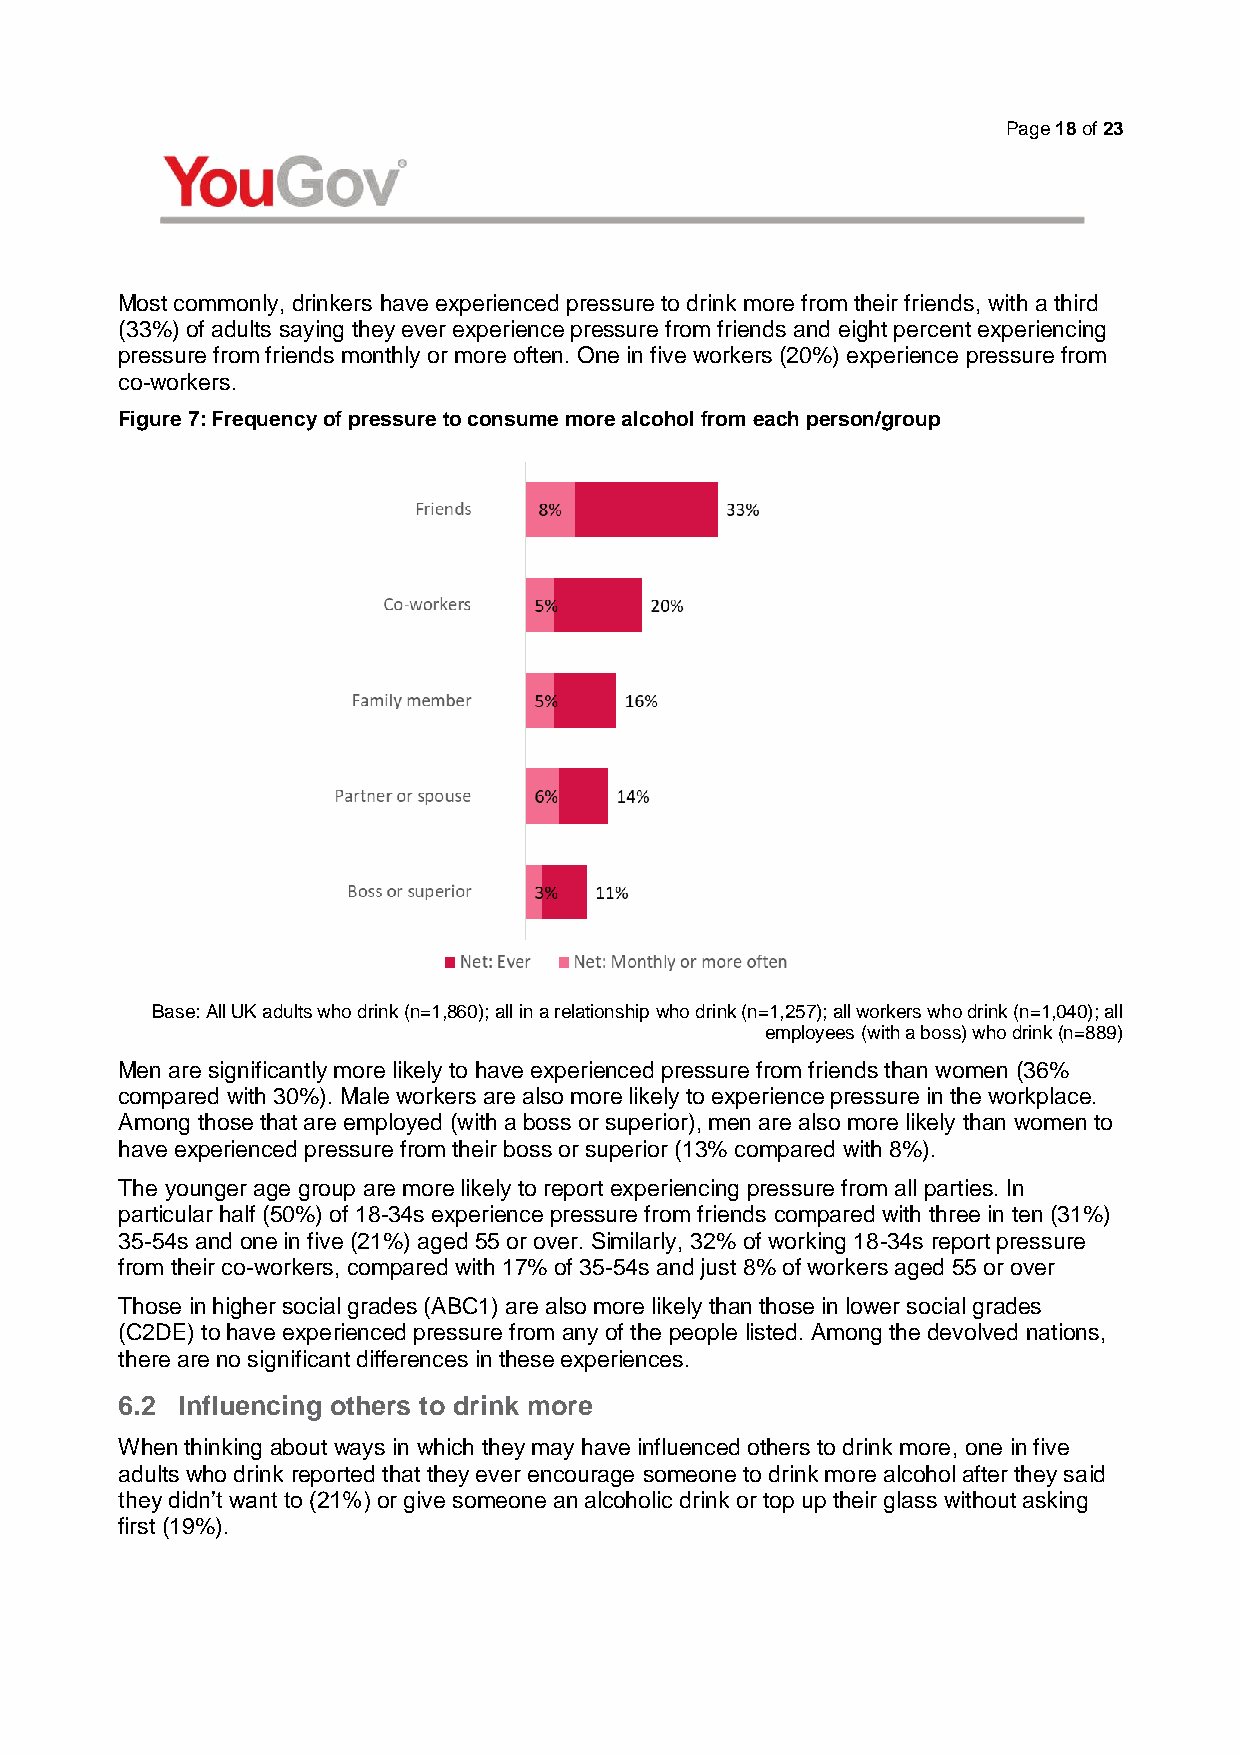
Page 18 of 23
 Most commonly, drinkers have experienced pressure to drink more from their friends, with a third
 (33%) of adults saying they ever experience pressure from friends and eight percent experiencing
 pressure from friends monthly or more often. One in five workers (20%) experience pressure from
 co-workers.
 Figure 7: Frequency of pressure to consume more alcohol from each person/group
 Base: All UK adults who drink (n=1,860); all in a relationship who drink (n=1,257); all workers who drink (n=1,040); all
 employees (with a boss) who drink (n=889)
 Men are significantly more likely to have experienced pressure from friends than women (36%
 compared with 30%). Male workers are also more likely to experience pressure in the workplace.
 Among those that are employed (with a boss or superior), men are also more likely than women to
 have experienced pressure from their boss or superior (13% compared with 8%).
 The younger age group are more likely to report experiencing pressure from all parties. In
 particular half (50%) of 18-34s experience pressure from friends compared with three in ten (31%)
 35-54s and one in five (21%) aged 55 or over. Similarly, 32% of working 18-34s report pressure
 from their co-workers, compared with 17% of 35-54s and just 8% of workers aged 55 or over
 Those in higher social grades (ABC1) are also more likely than those in lower social grades
 (C2DE) to have experienced pressure from any of the people listed. Among the devolved nations,
 there are no significant differences in these experiences.
 6.2 Influencing others to drink more
 When thinking about ways in which they may have influenced others to drink more, one in five
 adults who drink reported that they ever encourage someone to drink more alcohol after they said
 they didn’t want to (21%) or give someone an alcoholic drink or top up their glass without asking
 first (19%).